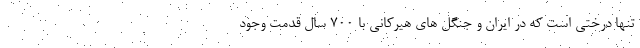
تنها درختی است که در ایران و جنگل های هیرکانی با ۷۰۰ سال قدمت وجود